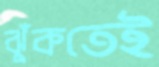
ঝুঁকতেই